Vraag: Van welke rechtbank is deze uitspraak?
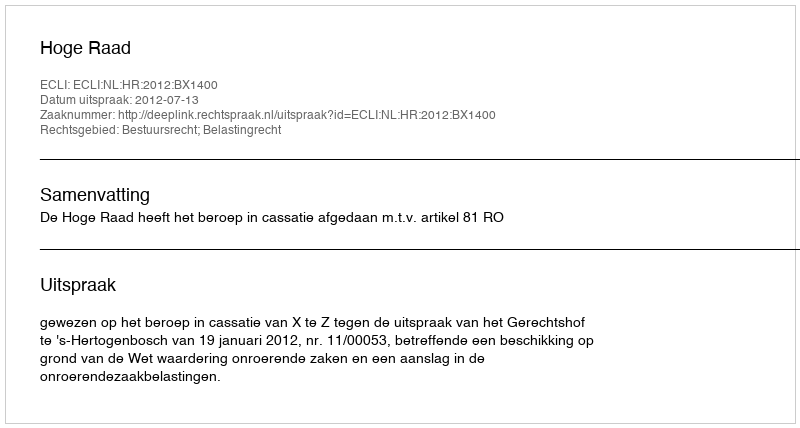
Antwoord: Hoge Raad